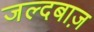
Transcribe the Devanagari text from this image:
जल्दबाज़